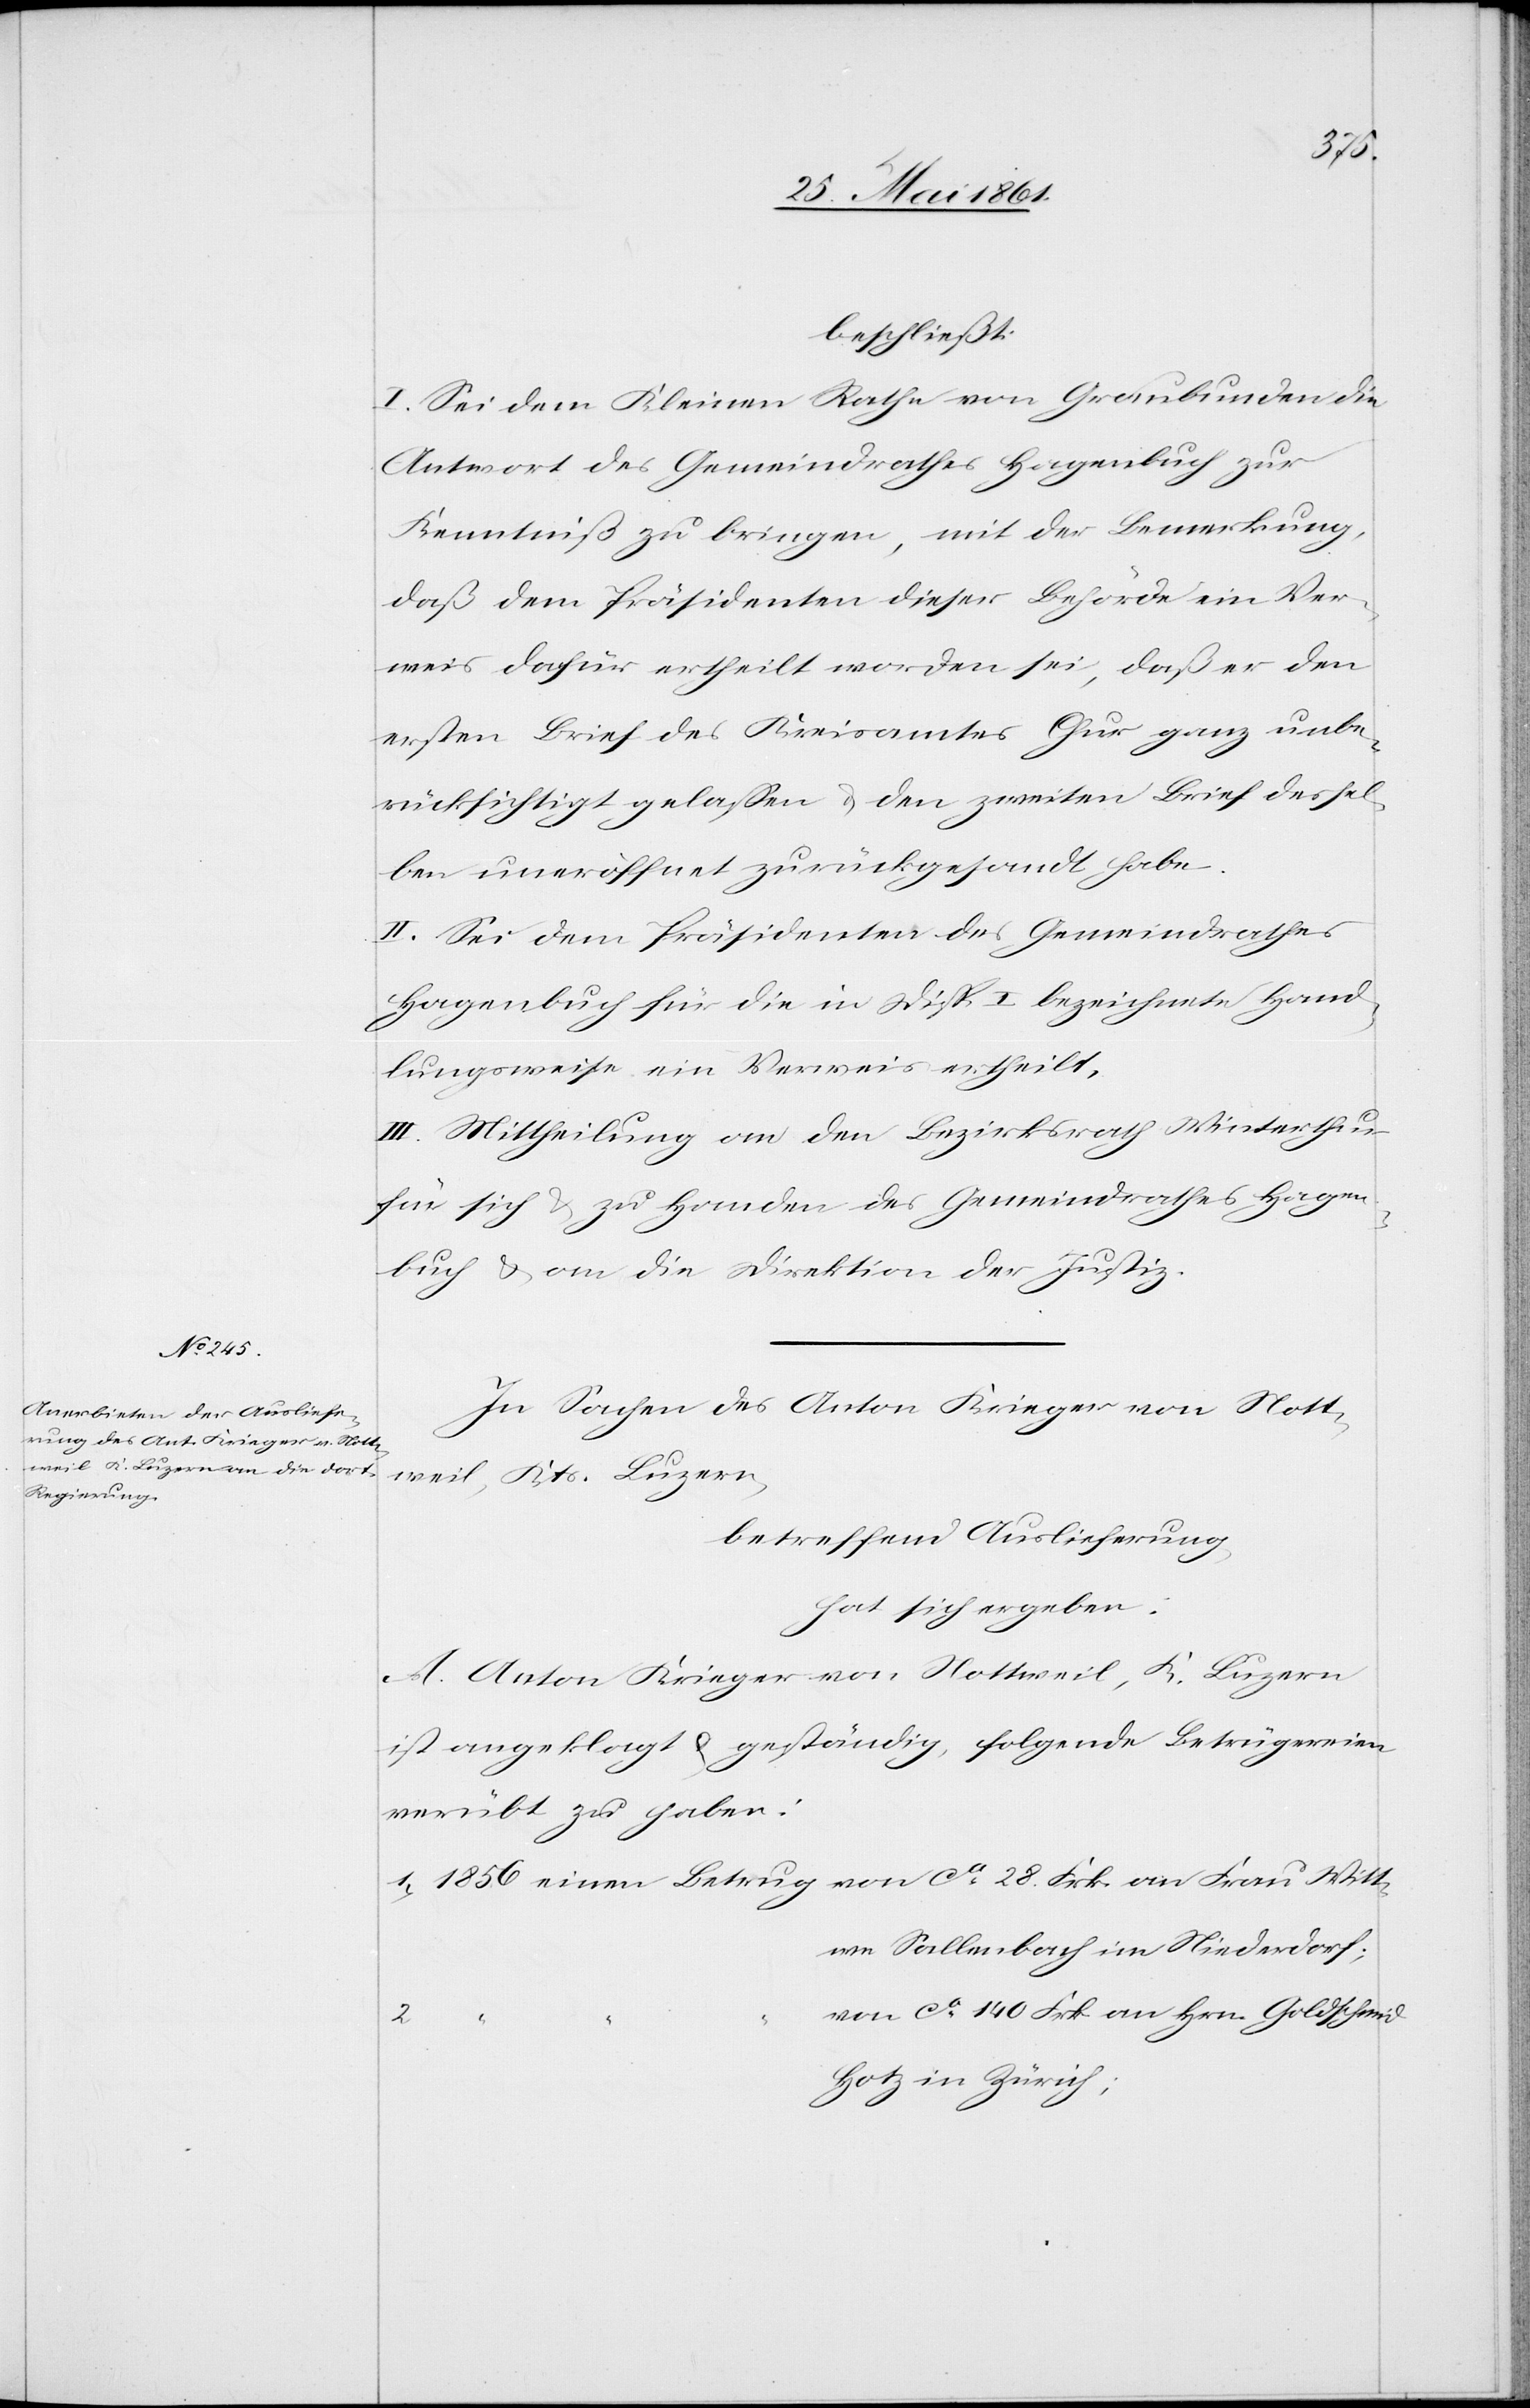
beschließt:
I. Sei dem Kleinen Rathe von Graubunden [sic!]
Antwort des Gemeindrathes Hagenbuch zur
Kenntniß zu bringen, mit der Bemerkung,
daß dem Präsidenten dieser Behörde ein Ver¬
weis dafür ertheilt worden sei, daß er den
ersten Brief des Kreisamtes Chur ganz unbe¬
rücksichtigt gelassen u. den zweiten Brief dessel¬
ben uneröffnet zurückgesandt habe.
II. Sei dem Präsidenten des Gemeindrathes
Hagenbuch für die in Disp. I bezeichnete Hand¬
lungsweise ein Verweis ertheilt.
III. Mittheilung an den Bezirksrath Winterthur
für sich u. zu Handen des Gemeindrathes Hagen¬
buch u. an die Direktion der Justiz.
In Sachen des Anton Krieger von Nott¬
Kts. Luzern,
Witt¬
betreffend Auslieferung
hat sich ergeben:
A. Anton Krieger von Nottweil, K. Luzern
ist angeklagt u. geständig, folgende Betrügereien
verübt zu haben:
we Sallenbach in Niederdorf;
von ca 140 Frk. an Hrn. Goldschmid
2.
Hotz in Zürich.